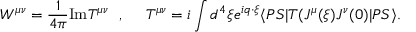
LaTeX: W ^ { \mu \nu } = { \frac { 1 } { 4 \pi } } \mathrm { I m } T ^ { \mu \nu } ~ ~ , ~ ~ ~ ~ T ^ { \mu \nu } = i \int d ^ { 4 } \xi e ^ { i q \cdot \xi } \langle P S | T ( J ^ { \mu } ( \xi ) J ^ { \nu } ( 0 ) | P S \rangle .